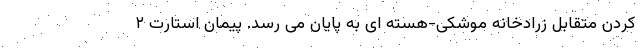
کردن متقابل زرادخانه موشکی-هسته ای به پایان می رسد. پیمان استارت ۲